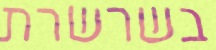
בשרשרת